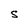
Character: S